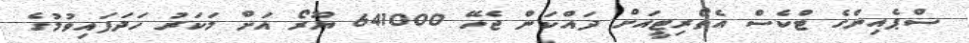
ސްޕެއިންގެ ޓްކެސް އެތޯރިޓީއަށް ދައްކަން ޖެހޭ 641000 ޔޫރޯ އަށް މަކަރު ހަދަފައިވުމުގެ